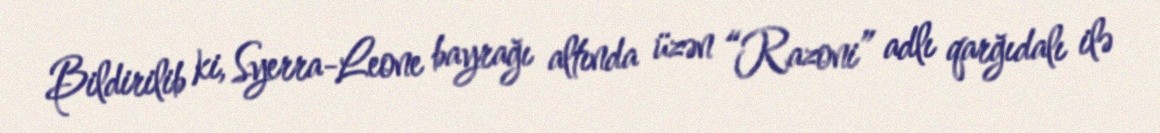
Bildirilib ki, Syerra-Leone bayrağı altında üzən “Razoni” adlı qarğıdalı ilə